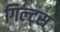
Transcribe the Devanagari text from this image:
गिल्ट्स